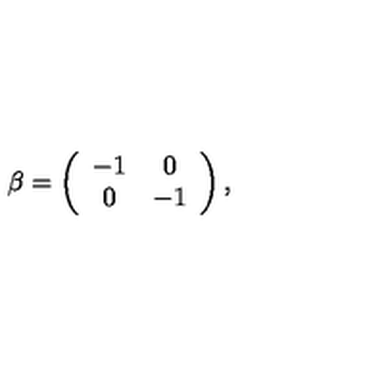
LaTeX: \beta = \left( \begin{array} { c c } { - 1 } & { 0 } \\ { 0 } & { - 1 } \\ \end{array} \right) ,